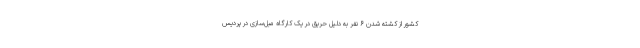
کشور از کشته شدن ۶ نفر به دلیل حریق در یک کارگاه مبل‌سازی در پردیس